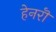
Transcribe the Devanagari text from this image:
हेनरॊ